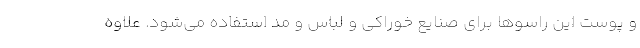
و پوست این راسوها برای صنایع خوراکی و لباس و مد استفاده می‌شود. علاوه